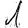
Digit: 1